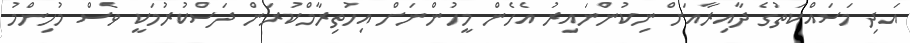
އަދި މަސައްކަތުގެ ދާއިރާއަށް ނިކުންނައިރު އެހެން މީހުންނަށް އިހުތިރާމްކުރަން ދަސްކުރުމަކީ ވެސް މުހިންމު